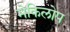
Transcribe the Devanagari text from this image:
मेकिलोप